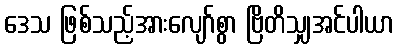
ဒေသ ဖြစ်သည့်အားလျော်စွာ ဗြိတိသျှအင်ပါယာ